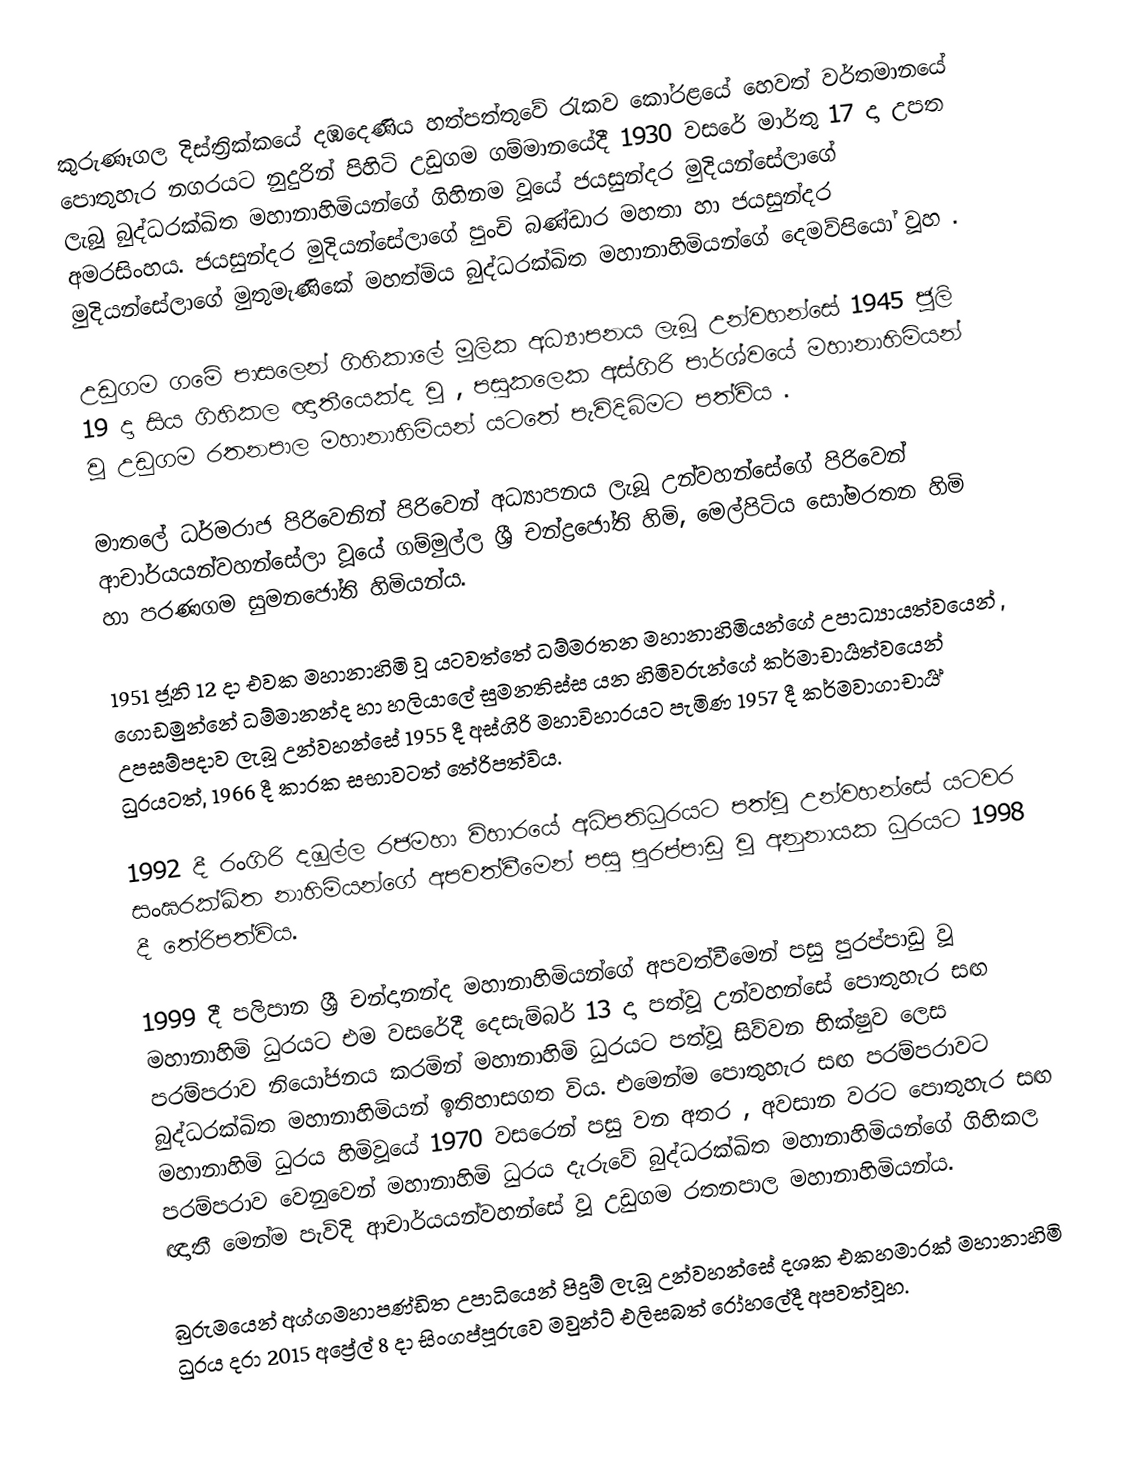
කුරුණෑගල දිස්ත්‍රික්කයේ දඹදෙණිය හත්පත්තුවේ රැකව කෝරළයේ හෙවත් වර්තමානයේ පොතුහැර නගරයට නුදුරින් පිහිටි උඩුගම ගම්මානයේදී 1930 වසරේ මාර්තු 17 දා උපත ලැබූ බුද්ධරක්ඛිත මහානාහිමියන්ගේ ගිහිනම වූයේ ජයසුන්දර මුදියන්සේලාගේ අමරසිංහය. ජයසුන්දර මුදියන්සේලාගේ පුංචි බණ්ඩාර මහතා හා ජයසුන්දර මුදියන්සේලාගේ මුතුමැණිකේ මහත්මිය බුද්ධරක්ඛිත මහානාහිමියන්ගේ දෙමව්පියෝ වූහ .

උඩුගම ගමේ පාසලෙන් ගිහිකාලේ මූලික අධ්‍යාපනය ලැබූ උන්වහන්සේ 1945 ජූලි 19 දා සිය ගිහිකල ඥාතීයෙක්ද වූ , පසුකලෙක අස්ගිරි පාර්ශ්වයේ මහානාහිමියන් වූ උඩුගම රතනපාල මහානාහිමියන් යටතේ පැවිදිබිමට පත්විය .

මාතලේ ධර්මරාජ පිරිවෙනින් පිරිවෙන් අධ්‍යාපනය ලැබූ උන්වහන්සේගේ පිරිවෙන් ආචාර්යයන්වහන්සේලා වූයේ ගම්මුල්ල ශ්‍රී චන්ද්‍රජෝති හිමි, මෙල්පිටිය සෝමරතන හිමි හා පරණගම සුමනජෝති හිමියන්ය.

1951 ජූනි 12 දා එවක මහානාහිමි වූ යටවත්තේ ධම්මරතන මහානාහිමියන්ගේ උපාධ්‍යායත්වයෙන් , ගොඩමුන්නේ ධම්මානන්ද හා හලියාලේ සුමනතිස්ස යන හිමිවරුන්ගේ කර්මාචාර්‍යත්වයෙන් උපසම්පදාව ලැබූ උන්වහන්සේ 1955 දී අස්ගිරි  මහාවිහාරයට පැමිණ 1957 දී කර්මවාගාචාර්‍ය් ධුරයටත්, 1966 දී කාරක සභාවටත් තේරිපත්විය.

1992 දී රංගිරි දඹුල්ල රජමහා විහාරයේ අධිපතිධුරයට පත්වූ  උන්වහන්සේ යටවර සංඝරක්ඛිත නාහිමියන්ගේ අපවත්වීමෙන් පසු පුරප්පාඩු වූ අනුනායක ධුරයට 1998 දී තේරිපත්විය.

1999 දී පලිපාන ශ්‍රී චන්දානන්ද මහානාහිමියන්ගේ අපවත්වීමෙන් පසු පුරප්පාඩු වූ මහානාහිමි ධුරයට එම වසරේදී දෙසැම්බර් 13 දා පත්වූ උන්වහන්සේ පොතුහැර සඟ පරම්පරාව නියෝජනය කරමින් මහානාහිමි ධුරයට පත්වූ සිව්වන භික්ෂුව ලෙස බුද්ධරක්ඛිත මහානාහිමියන් ඉතිහාසගත විය. එමෙන්ම පොතුහැර සඟ පරම්පරාවට මහානාහිමි ධුරය හිමිවූයේ 1970 වසරෙන් පසු වන අතර , අවසාන වරට පොතුහැර සඟ පරම්පරාව වෙනුවෙන් මහානාහිමි ධුරය දැරුවේ බුද්ධරක්ඛිත මහානාහිමියන්ගේ ගිහිකල ඥාතී මෙන්ම පැවිදි ආචාර්යයන්වහන්සේ වූ උඩුගම  රතනපාල මහානාහිමියන්ය.

බුරුමයෙන් අග්ගමහාපණ්ඩිත  උපාධියෙන් පිදුම් ලැබූ උන්වහන්සේ දශක එකහමාරක් මහානාහිමි ධුරය දරා 2015 අප්‍රේල් 8 දා සිංගප්පූරුවෙ මවුන්ට් එලිසබත් රෝහලේදී අපවත්වූහ.